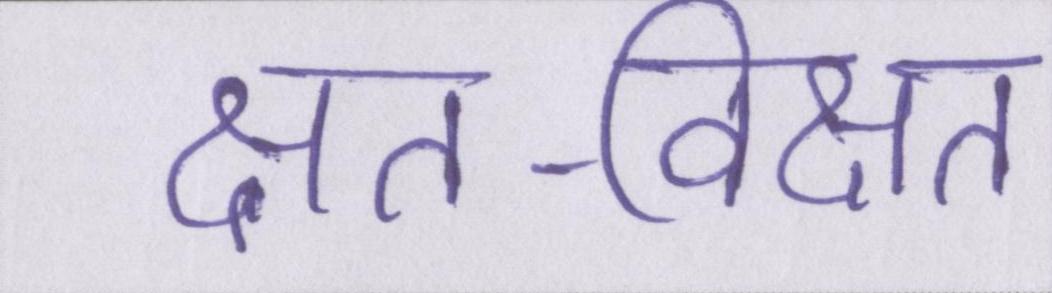
क्षत-विक्षत